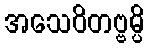
အသေဝိတဗ္ဗမ္ပိ